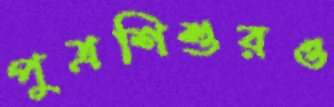
পুত্রশিশুরও